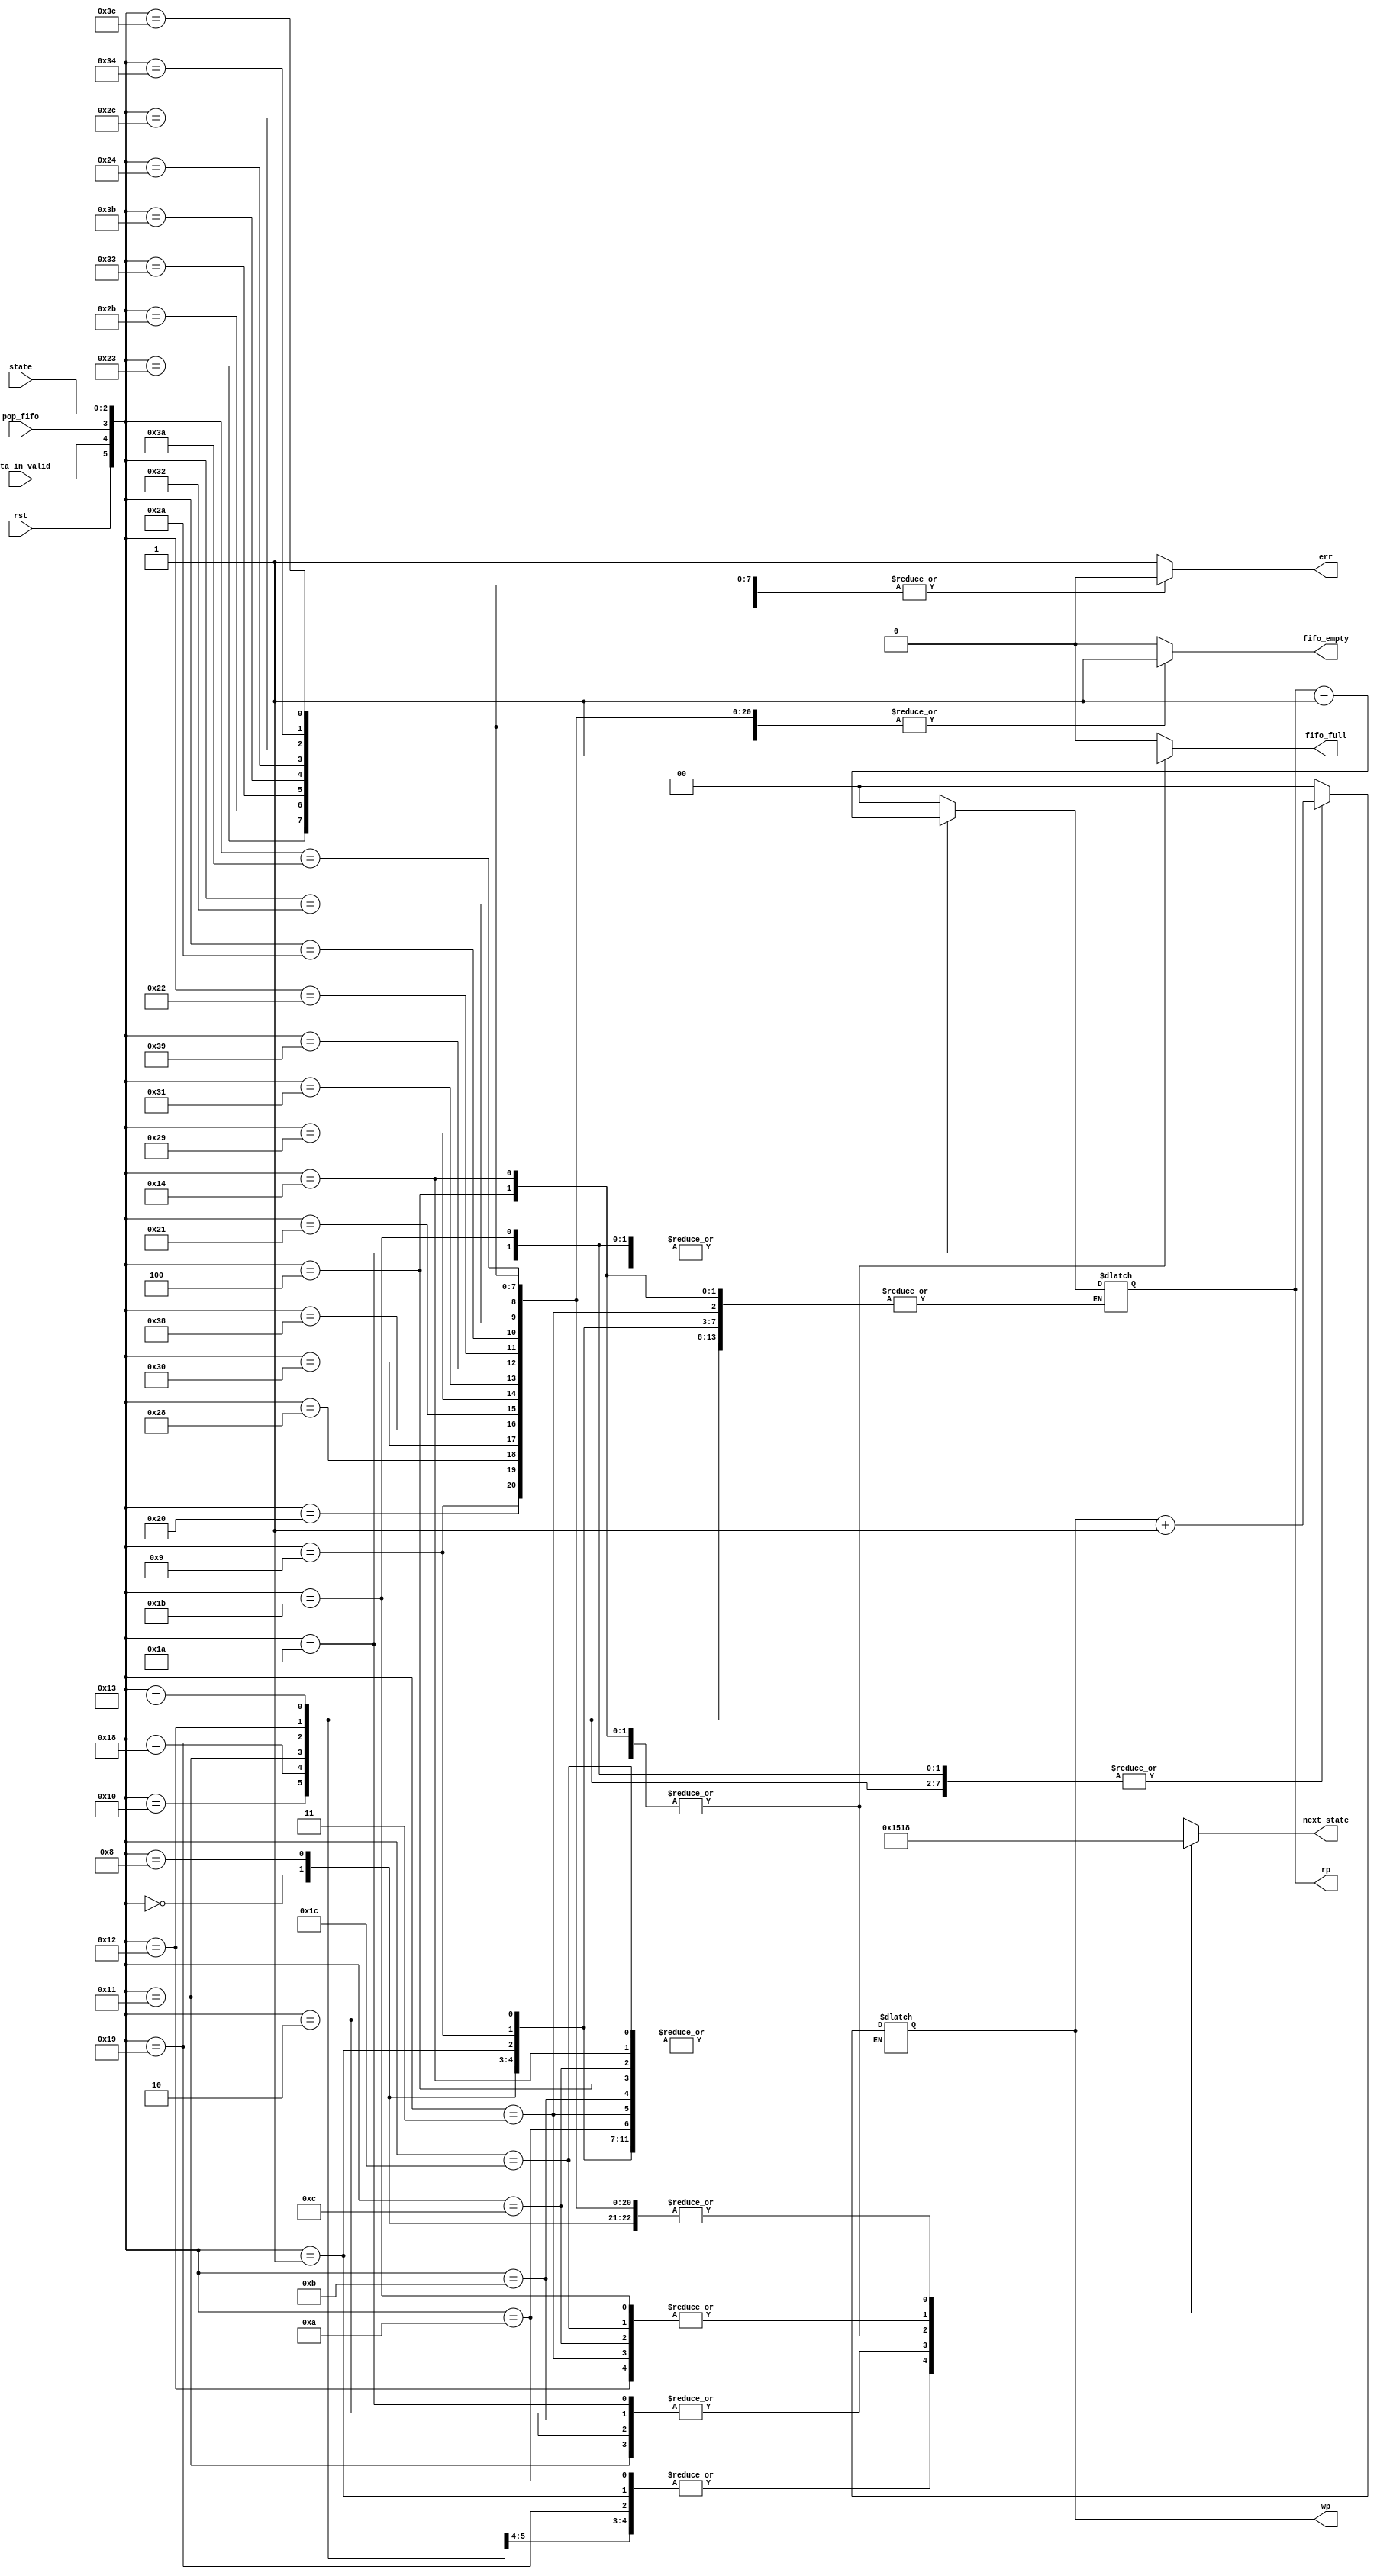
module statelogic (next_state, wp, rp ,err, fifo_empty, fifo_full, rst, data_in_valid, pop_fifo, state);

input rst;
input data_in_valid;
input pop_fifo;
input [2:0] state;

output [2:0] next_state;
output [1:0] wp;
output [1:0] rp;
output fifo_empty;
output fifo_full;
output err;

reg [2:0] next_state;
reg [1:0] wp;
reg [1:0] rp;
reg fifo_empty;
reg fifo_full;
reg err;


always @(rst or data_in_valid or pop_fifo or state)
begin
  casex({rst,data_in_valid,pop_fifo,state})
   6'b0_0_0_000:
   begin
      next_state <= 3'b000;
      err <= 1'b0;
      wp <= wp;
      rp <= rp;
      fifo_full <= 1'b0;
      fifo_empty <= 1'b1;
   end    
   6'b0_0_1_000:
   begin
      next_state <= 3'b000;
      err <= 1'b0;
      wp <= wp;
      rp <= rp;
      fifo_full <= 1'b0;
      fifo_empty <= 1'b1;
   end
   6'b0_1_0_000:
   begin
      next_state <= 3'b001;
      err <= 1'b0;
      wp <= wp + 1;
      rp <= rp;
      fifo_full <= 1'b0;
      fifo_empty <= 1'b0;
   end 
   6'b0_1_1_000:
   begin
      next_state <= 3'b001;
      err <= 1'b0;
      wp <= wp + 1;
      rp <= rp;
      fifo_full <= 1'b0;
      fifo_empty <= 1'b0;
   end
   6'b1_0_0_000:
   begin
      next_state <= 3'b000;
      err <= 1'b0;
      wp <= 1'b0;
      rp <= 1'b0;
      fifo_full <= 1'b0;
      fifo_empty <= 1'b1;
   end    
   6'b1_0_1_000:
   begin
      next_state <= 3'b000;
      err <= 1'b0;
      wp <= 1'b0;
      rp <= 1'b0;
      fifo_full <= 1'b0;
      fifo_empty <= 1'b1;
   end
   6'b1_1_0_000:
   begin
      next_state <= 3'b000;
      err <= 1'b0;
      wp <= 1'b0;
      rp <= 1'b0;
      fifo_full <= 1'b0;
      fifo_empty <= 1'b1;
   end 
   6'b1_1_1_000:
   begin
      next_state <= 3'b000;
      err <= 1'b0;
      wp <= 1'b0;
      rp <= 1'b0;
      fifo_full <= 1'b0;
      fifo_empty <= 1'b1;
   end
   
   6'b0_0_0_001:
   begin
      next_state <= 3'b001;
      err <= 1'b0;
      wp <= wp;
      rp <= rp;
      fifo_full <= 1'b0;
      fifo_empty <= 1'b1;
   end    
   6'b0_0_1_001:
   begin
      next_state <= 3'b000;
      err <= 1'b0;
      wp <= wp;
      rp <= rp;
      fifo_full <= 1'b0;
      fifo_empty <= 1'b1;
   end
   6'b0_1_0_001:
   begin
      next_state <= 3'b010;
      err <= 1'b0;
      wp <= wp + 1;
      rp <= rp;
      fifo_full <= 1'b0;
      fifo_empty <= 1'b0;
   end 
   6'b0_1_1_001:
   begin
      next_state <= 3'b001;
      err <= 1'b0;
      wp <= wp + 1;
      rp <= rp;
      fifo_full <= 1'b0;
      fifo_empty <= 1'b0;
   end
   
   6'b1_0_0_001:
   begin
      next_state <= 3'b000;
      err <= 1'b0;
      wp <= 1'b0;
      rp <= 1'b0;
      fifo_full <= 1'b0;
      fifo_empty <= 1'b1;
   end    
   6'b1_0_1_001:
   begin
      next_state <= 3'b000;
      err <= 1'b0;
      wp <= 1'b0;
      rp <= 1'b0;
      fifo_full <= 1'b0;
      fifo_empty <= 1'b1;
   end
   6'b1_1_0_001:
   begin
      next_state <= 3'b000;
      err <= 1'b0;
      wp <= 1'b0;
      rp <= 1'b0;
      fifo_full <= 1'b0;
      fifo_empty <= 1'b1;
   end 
   6'b1_1_1_001:
   begin
      next_state <= 3'b000;
      err <= 1'b0;
      wp <= 1'b0;
      rp <= 1'b0;
      fifo_full <= 1'b0;
      fifo_empty <= 1'b1;
   end
   
   6'b0_0_0_010:
   begin
      next_state <= 3'b010;
      err <= 1'b0;
      wp <= wp;
      rp <= rp;
      fifo_full <= 1'b0;
      fifo_empty <= 1'b0;
   end    
   6'b0_0_1_010:
   begin
      next_state <= 3'b001;
      err <= 1'b0;
      wp <= wp;
      rp <= rp + 1;
      fifo_full <= 1'b0;
      fifo_empty <= 1'b0;
   end
   6'b0_1_0_010:
   begin
      next_state <= 3'b011;
      err <= 1'b0;
      wp <= wp + 1;
      rp <= rp;
      fifo_full <= 1'b0;
      fifo_empty <= 1'b0;
   end 
   6'b0_1_1_010:
   begin
      next_state <= 3'b010;
      err <= 1'b0;
      wp <= wp + 1;
      rp <= rp + 1;
      fifo_full <= 1'b0;
      fifo_empty <= 1'b0;
   end
   6'b1_0_0_010:
   begin
      next_state <= 3'b000;
      err <= 1'b0;
      wp <= 1'b0;
      rp <= 1'b0;
      fifo_full <= 1'b0;
      fifo_empty <= 1'b1;
   end    
   6'b1_0_1_010:
   begin
      next_state <= 3'b000;
      err <= 1'b0;
      wp <= 1'b0;
      rp <= 1'b0;
      fifo_full <= 1'b0;
      fifo_empty <= 1'b1;
   end
   6'b1_1_0_010:
   begin
      next_state <= 3'b000;
      err <= 1'b0;
      wp <= 1'b0;
      rp <= 1'b0;
      fifo_full <= 1'b0;
      fifo_empty <= 1'b1;
   end 
   6'b1_1_1_010:
   begin
      next_state <= 3'b000;
      err <= 1'b0;
      wp <= 1'b0;
      rp <= 1'b0;
      fifo_full <= 1'b0;
      fifo_empty <= 1'b1;
   end
   6'b0_0_0_011:
   begin
      next_state <= 3'b011;
      err <= 1'b0;
      wp <= wp;
      rp <= rp;
      fifo_full <= 1'b0;
      fifo_empty <= 1'b0;
   end    
   6'b0_0_1_011:
   begin
      next_state <= 3'b010;
      err <= 1'b0;
      wp <= wp;
      rp <= rp + 1;
      fifo_full <= 1'b0;
      fifo_empty <= 1'b0;
   end
   6'b0_1_0_011:
   begin
      next_state <= 3'b100;
      err <= 1'b0;
      wp <= wp + 1;
      rp <= rp;
      fifo_full <= 1'b1;
      fifo_empty <= 1'b0;
   end 
   6'b0_1_1_011:
   begin
      next_state <= 3'b011;
      err <= 1'b0;
      wp <= wp + 1;
      rp <= rp + 1;
      fifo_full <= 1'b0;
      fifo_empty <= 1'b0;
   end
   6'b1_0_0_011:
   begin
      next_state <= 3'b000;
      err <= 1'b0;
      wp <= 1'b0;
      rp <= 1'b0;
      fifo_full <= 1'b0;
      fifo_empty <= 1'b1;
   end    
   6'b1_0_1_011:
   begin
      next_state <= 3'b000;
      err <= 1'b0;
      wp <= 1'b0;
      rp <= 1'b0;
      fifo_full <= 1'b0;
      fifo_empty <= 1'b1;
   end
   6'b1_1_0_011:
   begin
      next_state <= 3'b000;
      err <= 1'b0;
      wp <= 1'b0;
      rp <= 1'b0;
      fifo_full <= 1'b0;
      fifo_empty <= 1'b1;
   end 
   6'b1_1_1_011:
   begin
      next_state <= 3'b000;
      err <= 1'b0;
      wp <= 1'b0;
      rp <= 1'b0;
      fifo_full <= 1'b0;
      fifo_empty <= 1'b1;
   end
   
   6'b0_0_0_100:
   begin
      next_state <= 3'b100;
      err <= 1'b0;
      wp <= wp;
      rp <= rp;
      fifo_full <= 1'b1;
      fifo_empty <= 1'b0;
   end    
   6'b0_0_1_100:
   begin
      next_state <= 3'b011;
      err <= 1'b0;
      wp <= wp;
      rp <= rp + 1;
      fifo_full <= 1'b0;
      fifo_empty <= 1'b0;
   end
   6'b0_1_0_100:
   begin
      next_state <= 3'b100;
      err <= 1'b0;
      wp <= wp;
      rp <= rp;
      fifo_full <= 1'b1;
      fifo_empty <= 1'b0;
   end 
   6'b0_1_1_100:
   begin
      next_state <= 3'b011;
      err <= 1'b0;
      wp <= wp;
      rp <= rp + 1;
      fifo_full <= 1'b0;
      fifo_empty <= 1'b0;
   end
   6'b1_0_0_100:
   begin
      next_state <= 3'b000;
      err <= 1'b0;
      wp <= 1'b0;
      rp <= 1'b0;
      fifo_full <= 1'b0;
      fifo_empty <= 1'b1;
   end    
   6'b1_0_1_100:
   begin
      next_state <= 3'b000;
      err <= 1'b0;
      wp <= 1'b0;
      rp <= 1'b0;
      fifo_full <= 1'b0;
      fifo_empty <= 1'b1;
   end
   6'b1_1_0_100:
   begin
      next_state <= 3'b000;
      err <= 1'b0;
      wp <= 1'b0;
      rp <= 1'b0;
      fifo_full <= 1'b0;
      fifo_empty <= 1'b1;
   end 
   6'b1_1_1_100:
   begin
      next_state <= 3'b000;
      err <= 1'b0;
      wp <= 1'b0;
      rp <= 1'b0;
      fifo_full <= 1'b0;
      fifo_empty <= 1'b1;
   end
   default:
   begin 
      next_state <= {3{1'bx}};
      err <= 1'b1;
      wp <= 1'b0;
      rp <= 1'b0;
      fifo_full <= 1'b0;
      fifo_empty <= 1'b0;
   end
  endcase
end

endmodule